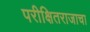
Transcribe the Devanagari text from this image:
परीक्षितराजाचा